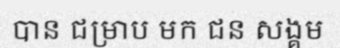
បាន ជម្រាប មក ជន សង្គម